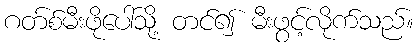
ဂတ်စ်မီးဖိုပေါ်သို့ တင်၍ မီးဖွင့်လိုက်သည်။